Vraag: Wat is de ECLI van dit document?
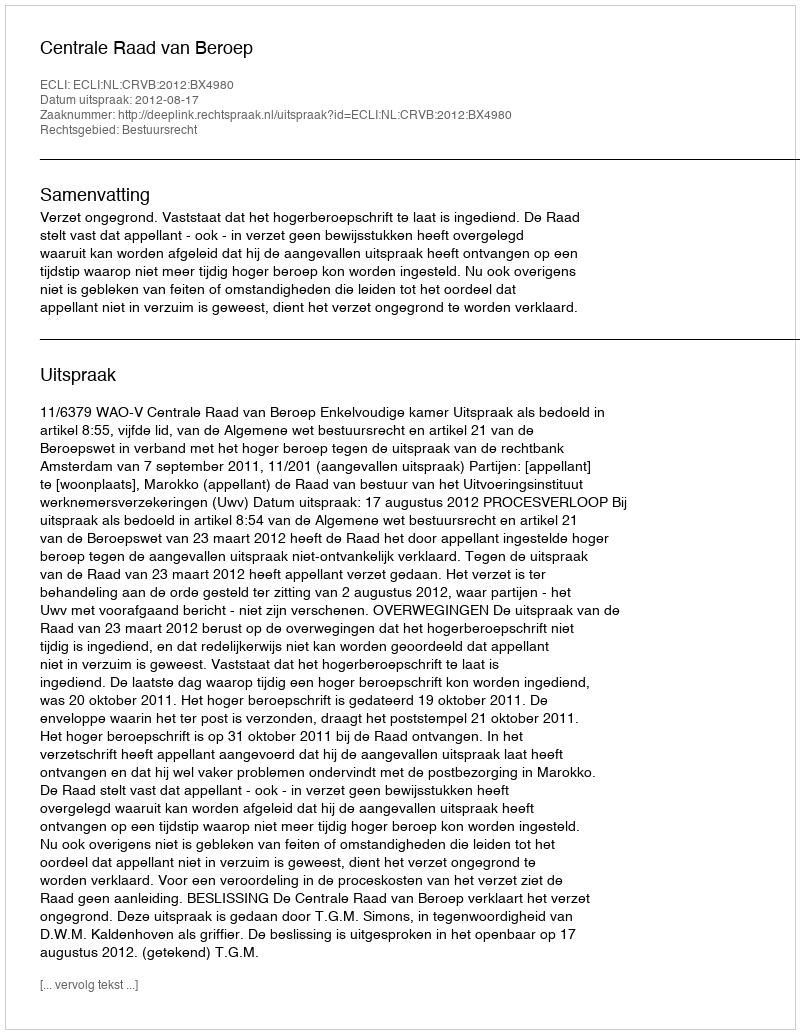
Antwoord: ECLI:NL:CRVB:2012:BX4980